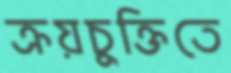
ক্রয়চুক্তিতে